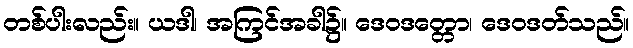
တစ်ပါးလည်း။ ယဒါ၊ အကြင်အခါ၌။ ဒေဝဒတ္တော၊ ဒေဝဒတ်သည်။